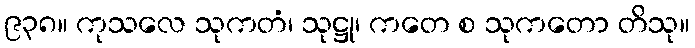
၉၃၈။ ကုသလေ သုကတံ၊ သုဋ္ဌု၊ ကတေ စ သုကတော တိသု။